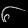
Digit: ၆